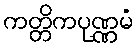
ကတ္တိကပုဏ္ဏမံ